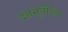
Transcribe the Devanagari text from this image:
दत्तमूर्तीच्या